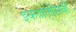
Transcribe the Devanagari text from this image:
इकतालीसवीं